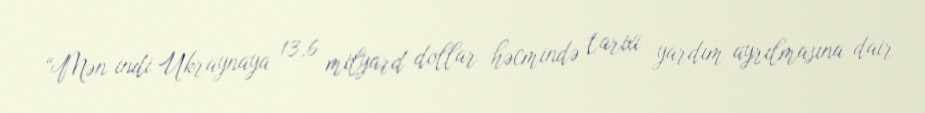
“Mən indi Ukraynaya 13,6 milyard dollar həcmində tarixi yardım ayrılmasına dair